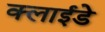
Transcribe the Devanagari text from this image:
क्लाईडे